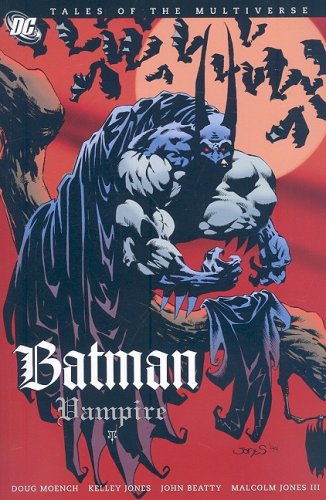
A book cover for Batman: Vampire; Doug Moench; Comics & Graphic Novels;